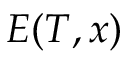
E ( T , x )